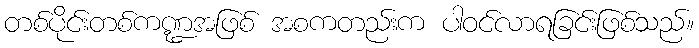
တစ်ပိုင်းတစ်ကဏ္ဍအဖြစ် အစကတည်းက ပါဝင်လာရခြင်းဖြစ်သည်။